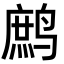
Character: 鹧